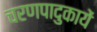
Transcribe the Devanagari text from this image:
चरणपादुकायें